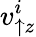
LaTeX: v_{\uparrow z}^{i}